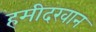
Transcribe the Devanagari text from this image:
हमीदखान